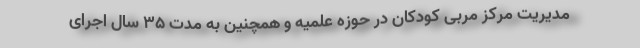
مدیریت مرکز مربی کودکان در حوزه علمیه و همچنین به مدت ۳۵ سال اجرای